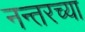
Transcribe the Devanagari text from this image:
नन्तरच्या